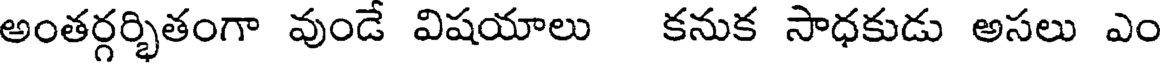
అంతర్గర్భితంగా వుండే విషయాలు కనుక సాధకుడు అసలు ఎం